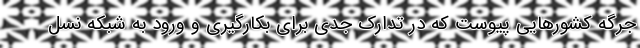
جرگه کشورهایی پیوست که در تدارک جدی برای بکارگیری و ورود به شبکه نسل